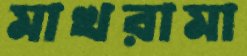
মাখরামা